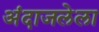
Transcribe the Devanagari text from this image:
अंदाजलेला